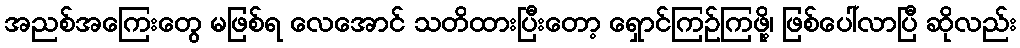
အညစ်အကြေးတွေ မဖြစ်ရ လေအောင် သတိထားပြီးတော့ ရှောင်ကြဉ်ကြဖို့၊ ဖြစ်ပေါ်လာပြီ ဆိုလည်း